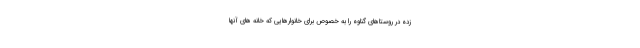
زده در روستاهای گناوه را به خصوص برای خانوارهایی که خانه های آنها